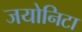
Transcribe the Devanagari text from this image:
जयोनिटा